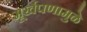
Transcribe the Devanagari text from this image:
मूर्खपणामुळे